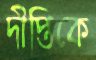
দীপ্তিকে